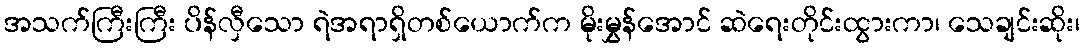
အသက်ကြီးကြီး ပိန်လှီသော ရဲအရာရှိတစ်ယောက်က မိုးမွှန်အောင် ဆဲရေးတိုင်းထွားကာ၊ သေချင်းဆိုး၊